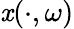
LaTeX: \mathit{x}(\cdot,\omega)